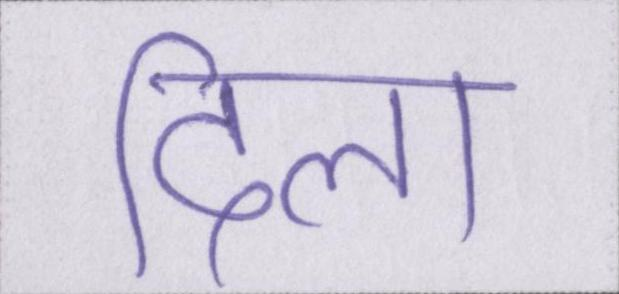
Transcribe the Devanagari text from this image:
दिला